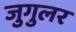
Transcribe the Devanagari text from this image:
जुगुलर